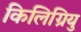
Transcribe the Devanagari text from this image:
किलिग्रियु